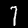
Label: 7